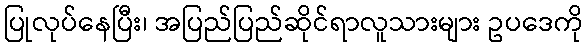
ပြုလုပ်နေပြီး၊ အပြည်ပြည်ဆိုင်ရာလူသားများ ဥပဒေကို